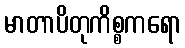
မာတာပိတုကိစ္စကရော